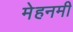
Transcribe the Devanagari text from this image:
मेहनमी